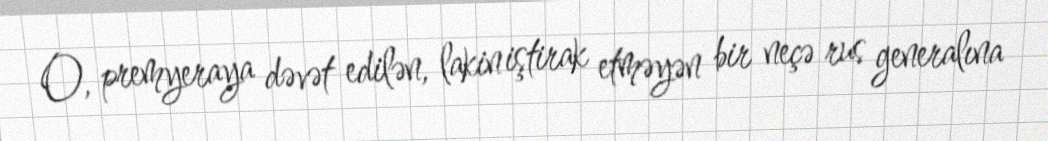
O, premyeraya dəvət edilən, lakin iştirak etməyən bir neçə rus generalına